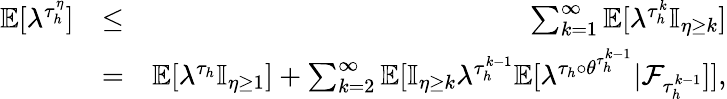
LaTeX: \begin{array}{rlr}{\mathbb{E}[\lambda^{\tau_{h}^{\eta}}]}&{\le}&{\sum_{k=1}^{\infty}\mathbb{E}[\lambda^{\tau_{h}^{k}}\mathbb{I}_{\eta\ge k}]}\\ &{=}&{\mathbb{E}[\lambda^{\tau_{h}}\mathbb{I}_{\eta\ge 1}]+\sum_{k=2}^{\infty}\mathbb{E}[\mathbb{I}_{\eta\ge k}\lambda^{\tau_{h}^{k-1}}\mathbb{E}[\lambda^{\tau_{h}\circ\theta^{\tau_{h}^{k-1}}}|{\mathcal F}_{\tau_{h}^{k-1}}]],}\end{array}